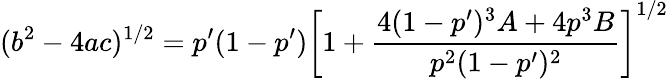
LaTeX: (b^{2}-4ac)^{1/2}=p^{\prime}(1-p^{\prime})\left[1+\frac{4(1-p^{\prime})^{3}A+4p^{3}B}{p^{2}(1-p^{\prime})^{2}}\right]^{1/2}